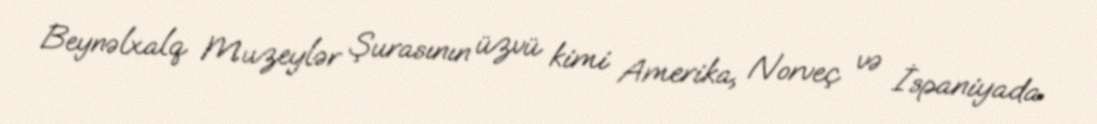
Beynəlxalq Muzeylər Şurasının üzvü kimi Amerika, Norveç və İspaniyada